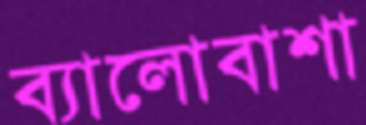
ব্যালোবাশা